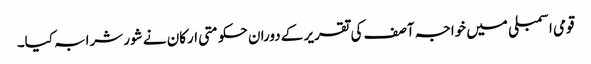
قومی اسمبلی میں خواجہ آصف کی تقریر کے دوران حکومتی ارکان نے شور شرابہ کیا۔